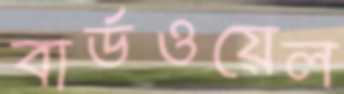
বার্ডওয়েল